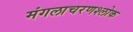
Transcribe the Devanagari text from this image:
मंगलाचरणश्लोक